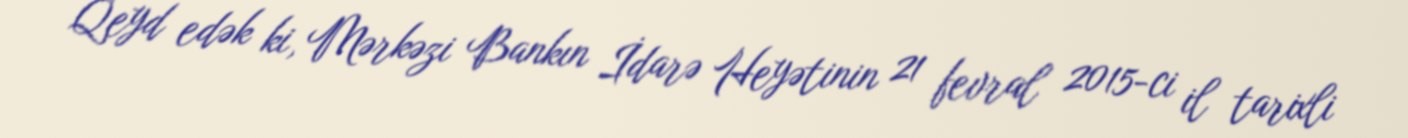
Qeyd edək ki, Mərkəzi Bankın İdarə Heyətinin 21 fevral 2015-ci il tarixli